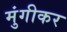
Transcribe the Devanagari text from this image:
मुंगीकर